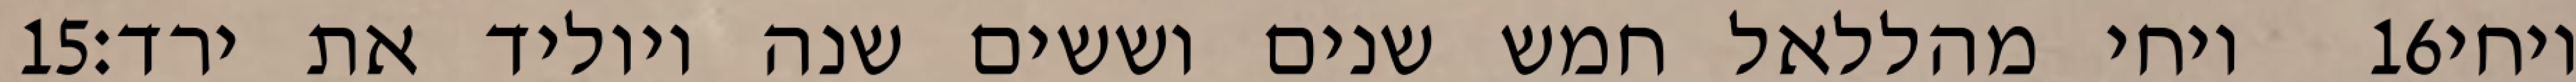
‎15‏ ויחי מהללאל חמש שנים וששים שנה ויוליד את ירד׃ ‎16‏ ויחי